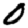
Digit: 0